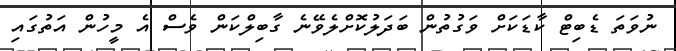
ނުވަތަ ޑެބިޓް ކާޑަކަށް ވަގުތުން ބަދަލުކޮށްލެވޭނެ ގާބިލްކަން ވެސް އެ މީހުން އަތުގައި